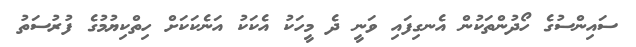
ސައިންސުގެ ހޯދުންތަކުން އެނގިފައި ވަނީ ދެ މީހަކު އެކަކު އަނެކަކަށް ހިތްކިޔުމުގެ ފުރުސަތު